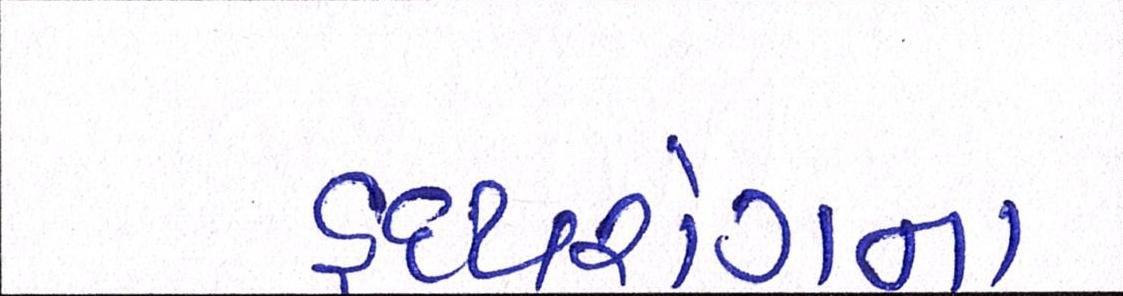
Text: હૃદયરોગના